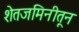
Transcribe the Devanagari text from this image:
शेतजमिनीतून